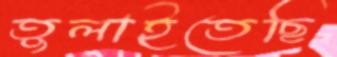
তুলাইতেছি